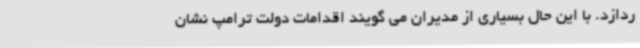
ردازد. با این حال بسیاری از مدیران می گویند اقدامات دولت ترامپ نشان